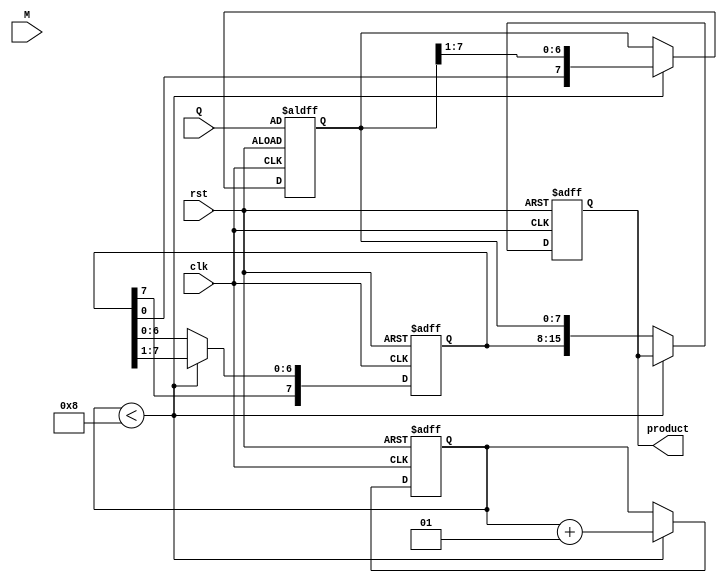
module modified_booth_multiplier #(
    parameter WIDTH = 8 // Width of the input operands
)(
    input wire clk,         // Clock signal
    input wire rst,         // Reset signal
    input wire [WIDTH-1:0] M, // Multiplicand
    input wire [WIDTH-1:0] Q, // Multiplier
    output reg [(2*WIDTH)-1:0] product // Output product
);

    reg [WIDTH-1:0] A;      // Accumulator
    reg [WIDTH-1:0] Q_reg;  // Multiplier register (shifted version of Q)
    reg Q_1;                // Previous bit of Q
    integer count;          // Counter for number of bits processed

    always @(posedge clk or posedge rst) begin
        if (rst) begin
            A <= 0;
            Q_reg <= Q;
            Q_1 <= 0;
            product <= 0;
            count <= 0;
        end else begin
            if (count < WIDTH) begin
                // Booth's encoding logic
                case ({Q_reg[0], Q_1})
                    2'b00: begin
                        // No operation
                    end
                    2'b01: begin
                        // Add M to A
                        A <= A + M;
                    end
                    2'b10: begin
                        // Subtract M from A
                        A <= A - M;
                    end
                    2'b11: begin
                        // No operation
                    end
                endcase

                // Shift right operation (arithmetic shift)
                {A, Q_reg} <= {A[(WIDTH-1)], A, Q_reg} >> 1;

                // Update previous bit
                Q_1 <= Q_reg[0];

                // Increment count
                count <= count + 1;
            end else begin
                // Final product from A and Q_reg
                product <= {A, Q_reg};
            end
        end
    end
endmodule